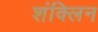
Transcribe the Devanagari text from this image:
शंक्लिन